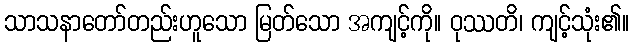
သာသနာတော်တည်းဟူသော မြတ်သော အကျင့်ကို။ ဝုဿတိ၊ ကျင့်သုံး၏။